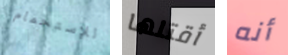
للإستحمام أقتلها أنه